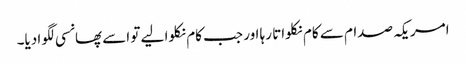
امریکہ صدام سے کام نکلواتا رہا اور جب کام نکلوا لیے تو اسے پھانسی لگوا دیا۔